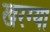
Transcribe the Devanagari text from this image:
खरग्या